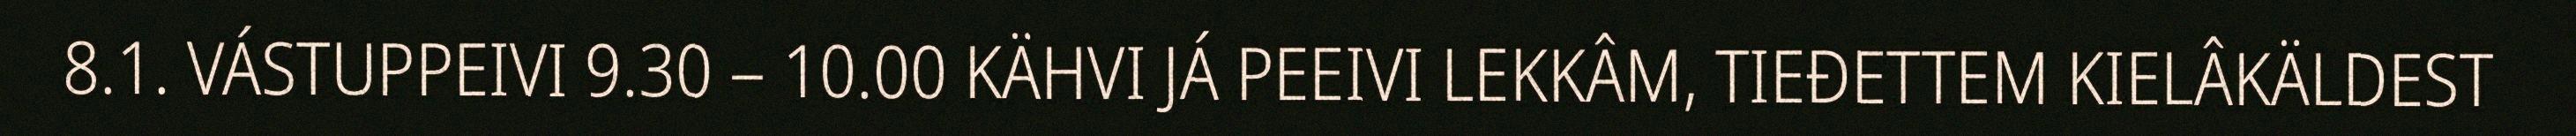
8.1. VÁSTUPPEIVI 9.30 – 10.00 KÄHVI JÁ PEEIVI LEKKÂM, TIEĐETTEM KIELÂKÄLDEST